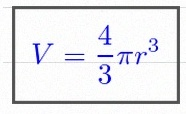
V=\frac43\pi r^3